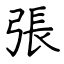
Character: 張